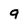
Character: 9